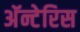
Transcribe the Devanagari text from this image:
अॅन्टेरिस